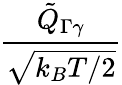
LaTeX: \frac{{{\tilde{Q}}_{\Gamma\gamma}}}{\sqrt{k_{B}T/2}}